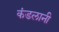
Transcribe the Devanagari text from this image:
कंडलानी